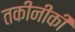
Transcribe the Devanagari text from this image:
तकीनीकी